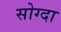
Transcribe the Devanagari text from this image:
सोग्दा